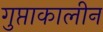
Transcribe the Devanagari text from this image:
गुप्ताकालीन